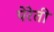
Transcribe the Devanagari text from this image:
पेरेती